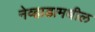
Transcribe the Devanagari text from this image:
नेव्हाडामधील